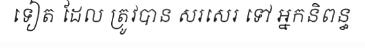
ទៀត ដែល ត្រូវបាន សរសេរ ទៅ អ្នកនិពន្ធ